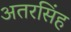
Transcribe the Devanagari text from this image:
अतरसिंह